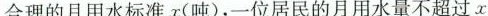
合理的月用水标准x(吨)，一位居民的月用水量不超过x